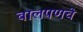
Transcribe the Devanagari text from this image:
बालपणचे